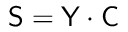
\mathsf { S } = \mathsf { Y } \cdot \mathsf { C }